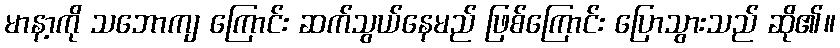
မာနာ့ကို သဘောကျ ကြောင်း ဆက်သွယ်နေမည် ဖြစ်ကြောင်း ပြောသွားသည် ဆို၏။